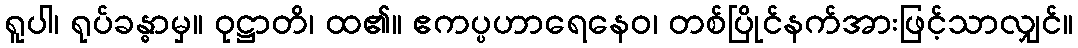
ရူပါ၊ ရုပ်ခန္ဓာမှ။ ဝုဋ္ဌာတိ၊ ထ၏။ ဧကပ္ပဟာရေနေဝ၊ တစ်ပြိုင်နက်အားဖြင့်သာလျှင်။